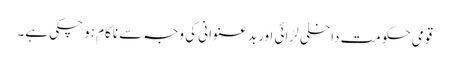
قومی حکومت داخلی لڑائی اور بدعنوانی کی وجہ سے ناکام ہو چکی ہے۔